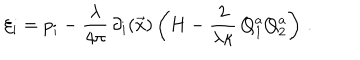
LaTeX: \xi _ { i } = p _ { i } - { \frac { \lambda } { 4 \pi } } \, \partial _ { i } ( \vec { x } ) \left( H - { \frac { 2 } { \lambda \kappa } } \, Q _ { 1 } ^ { a } Q _ { 2 } ^ { a } \right) \, .